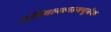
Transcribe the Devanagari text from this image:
अभिमानत्यागपूर्वक